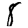
Digit: 8